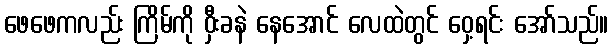
ဖေဖေကလည်း ကြိမ်ကို ဝှီးခနဲ နေအောင် လေထဲတွင် ဝှေ့ရင်း အော်သည်။